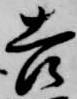
吉